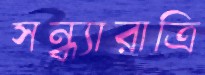
সন্ধ্যারাত্রি